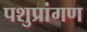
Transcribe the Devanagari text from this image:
पशुप्रांगण